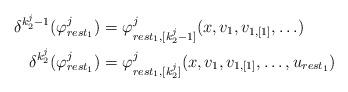
LaTeX: \begin{align*}\delta^{k_{2}^{j}-1}(\varphi_{rest_{1}}^{j}) & =\varphi_{rest_{1},[k_{2}^{j}-1]}^{j}(x,v_{1},v_{1,[1]},\ldots)\\\delta^{k_{2}^{j}}(\varphi_{rest_{1}}^{j}) & =\varphi_{rest_{1},[k_{2}^{j}]}^{j}(x,v_{1},v_{1,[1]},\ldots,u_{rest_{1}})\end{align*}